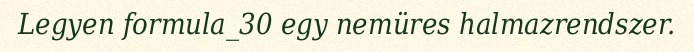
Legyen formula_30 egy nemüres halmazrendszer.